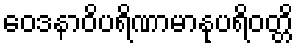
ဝေဒနာဝိပရိဏာမာနုပရိဝတ္တိ